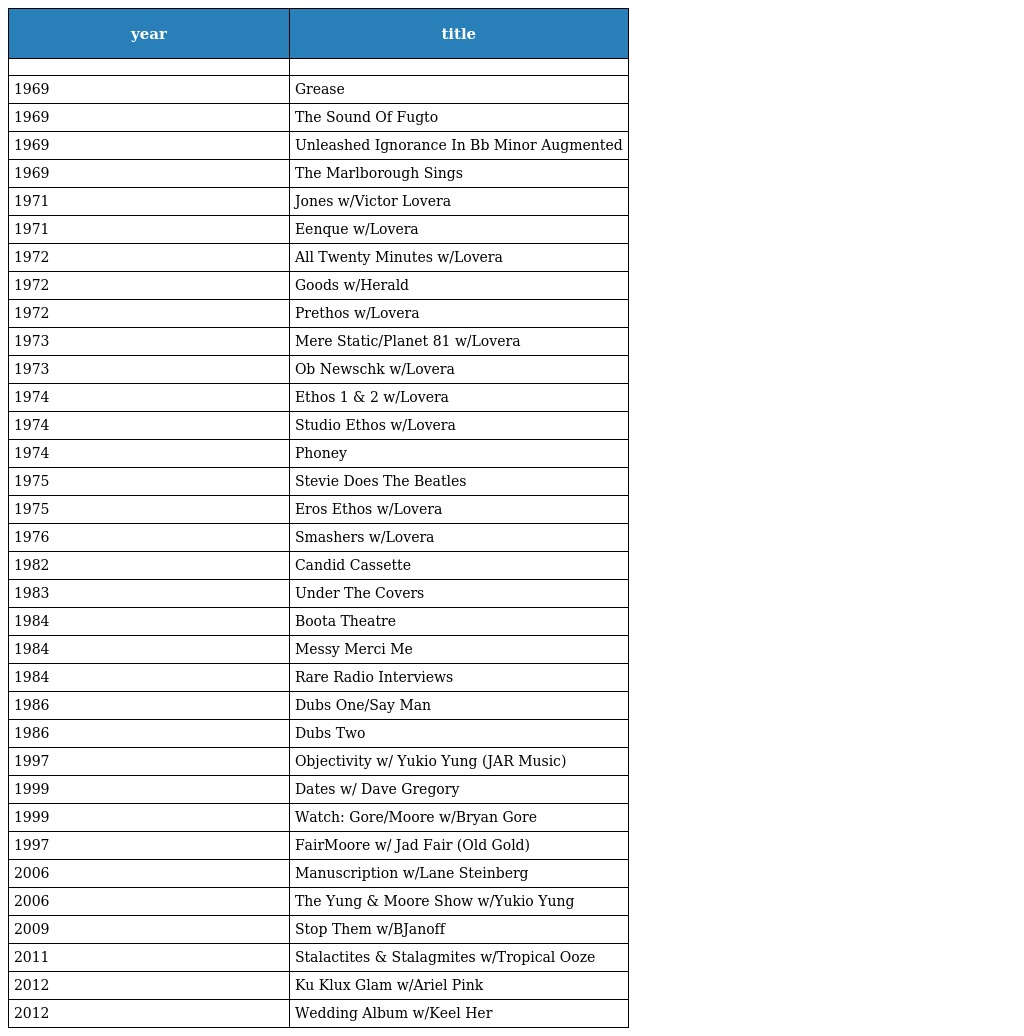
| year | title |
 | --- | --- |
 |  |  |
 | 1969 | Grease |
 | 1969 | The Sound Of Fugto |
 | 1969 | Unleashed Ignorance In Bb Minor Augmented |
 | 1969 | The Marlborough Sings |
 | 1971 | Jones w/Victor Lovera |
 | 1971 | Eenque w/Lovera |
 | 1972 | All Twenty Minutes w/Lovera |
 | 1972 | Goods w/Herald |
 | 1972 | Prethos w/Lovera |
 | 1973 | Mere Static/Planet 81 w/Lovera |
 | 1973 | Ob Newschk w/Lovera |
 | 1974 | Ethos 1 & 2 w/Lovera |
 | 1974 | Studio Ethos w/Lovera |
 | 1974 | Phoney |
 | 1975 | Stevie Does The Beatles |
 | 1975 | Eros Ethos w/Lovera |
 | 1976 | Smashers w/Lovera |
 | 1982 | Candid Cassette |
 | 1983 | Under The Covers |
 | 1984 | Boota Theatre |
 | 1984 | Messy Merci Me |
 | 1984 | Rare Radio Interviews |
 | 1986 | Dubs One/Say Man |
 | 1986 | Dubs Two |
 | 1997 | Objectivity w/ Yukio Yung (JAR Music) |
 | 1999 | Dates w/ Dave Gregory |
 | 1999 | Watch: Gore/Moore w/Bryan Gore |
 | 1997 | FairMoore w/ Jad Fair (Old Gold) |
 | 2006 | Manuscription w/Lane Steinberg |
 | 2006 | The Yung & Moore Show w/Yukio Yung |
 | 2009 | Stop Them w/BJanoff |
 | 2011 | Stalactites & Stalagmites w/Tropical Ooze |
 | 2012 | Ku Klux Glam w/Ariel Pink |
 | 2012 | Wedding Album w/Keel Her |